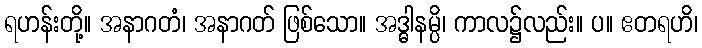
ရဟန်းတို့။ အနာဂတံ၊ အနာဂတ် ဖြစ်သော။ အဒ္ဓါနမ္ပိ၊ ကာလ၌လည်း။ ပ။ ဧတရဟိ၊